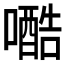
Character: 𱕆